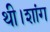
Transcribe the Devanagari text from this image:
थी।शांग